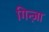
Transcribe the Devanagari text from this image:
गिन्ज़ा